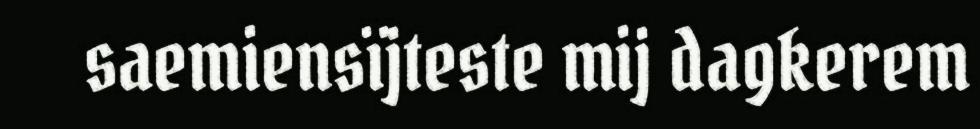
saemiensïjteste mij dagkerem